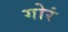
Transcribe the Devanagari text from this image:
गोरं